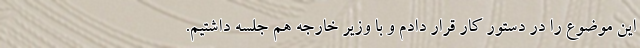
این موضوع را در دستور کار قرار دادم و با وزیر خارجه هم جلسه داشتیم.